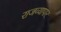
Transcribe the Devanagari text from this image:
राजव्यापार